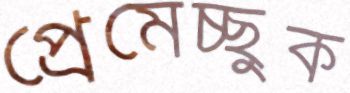
প্রেমেচ্ছুক